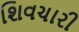
શિવચારી